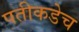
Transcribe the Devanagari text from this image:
पतीकडेच